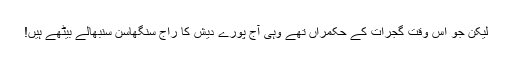
لیکن جو اُس وقت گجرات کے حکمراں تھے وہی آج پورے دیش کا راج سنگھاسن سنبھالے بیٹھے ہیں!